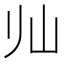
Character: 𱛅